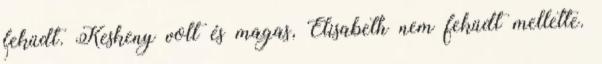
feküdt. Keskeny volt és magas, Elisabeth nem feküdt mellette.